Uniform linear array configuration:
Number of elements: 12
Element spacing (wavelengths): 0.25
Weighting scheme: cosine
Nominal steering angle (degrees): -45
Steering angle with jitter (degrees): -45.746
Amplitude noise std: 0.05
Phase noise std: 0.05

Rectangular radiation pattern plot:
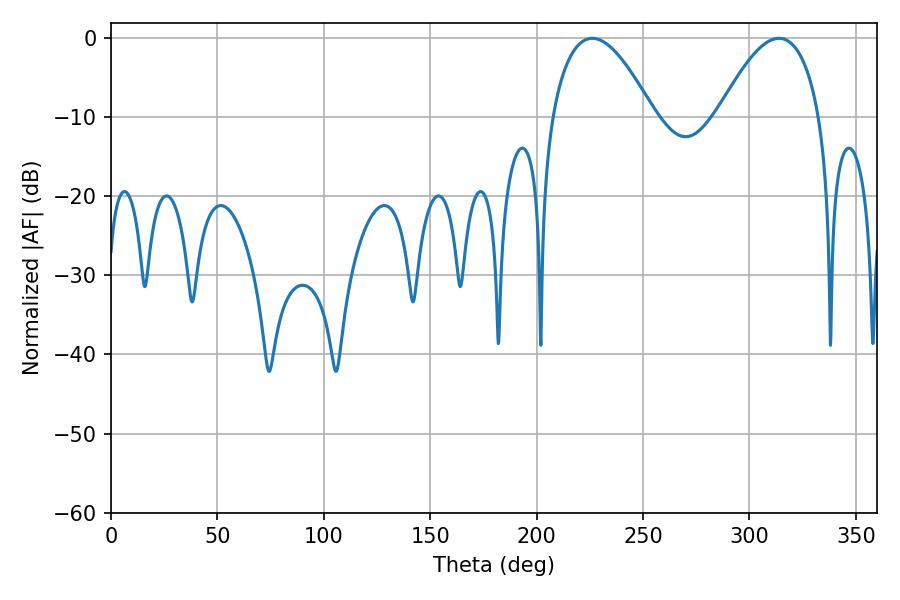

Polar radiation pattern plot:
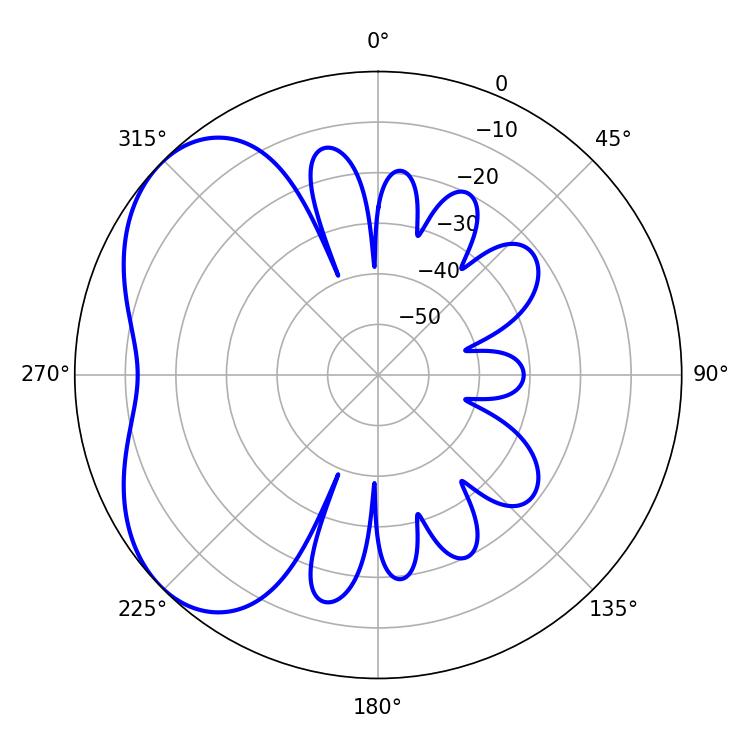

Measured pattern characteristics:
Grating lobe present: FALSE
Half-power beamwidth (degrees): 26.28
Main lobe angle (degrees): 226.08